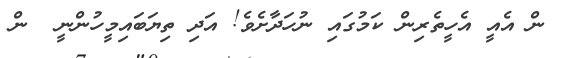
ން އެއީ އެހީތެރިން ކަމުގައި ނުހަދާށެވެ! އަދި ތިޔަބައިމީހުންނީ  ން